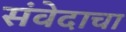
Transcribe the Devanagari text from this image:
संवेदाचा